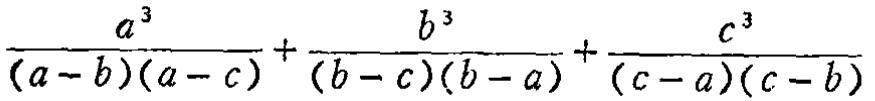
\frac{a^{3}}{(a - b)(a - c)}+\frac{b^{3}}{(b - c)(b - a)}+\frac{c^{3}}{(c - a)(c - b)}